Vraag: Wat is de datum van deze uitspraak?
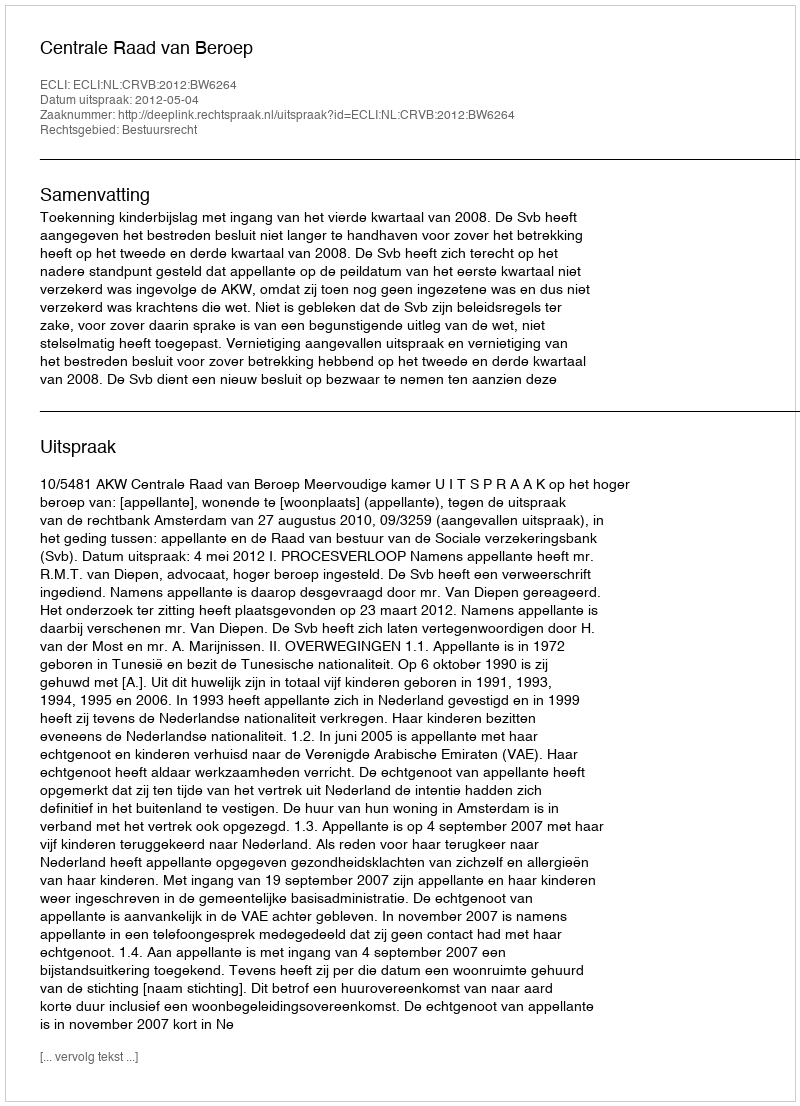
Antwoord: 2012-05-04